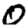
Digit: 0